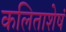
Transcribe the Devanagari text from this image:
कलिताशेषं